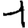
Digit: 1